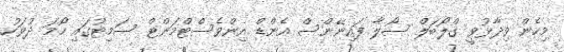
މިހެން ވިދާޅުވީ ގްލޯބަލް ސޯލާ ފައިނޭންސް އެންޑް އިންވެސްޓްމަންޓް ސަމިޓުގައި ހޯމަ ދުވަހު